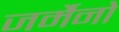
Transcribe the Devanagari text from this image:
जर्मैनो